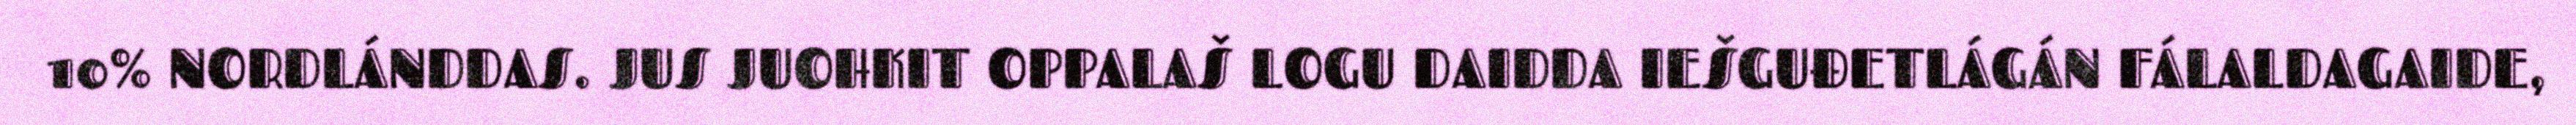
10% NORDLÁNDDAS. JUS JUOHKIT OPPALAŠ LOGU DAIDDA IEŠGUĐETLÁGÁN FÁLALDAGAIDE,